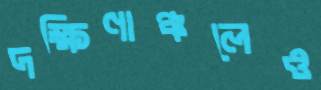
দক্ষিণাঞ্চলেও